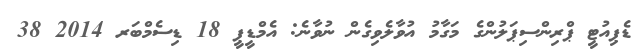
ޑެޕިއުޓީ ޕްރިންސިޕަލުންގެ މަގާމު އުވާލެވިގެން ނުވާނެ: އެމްޑީޕީ 18 ޑިސެމްބަރ 2014 38